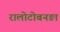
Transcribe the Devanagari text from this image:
रालोटोबनङा